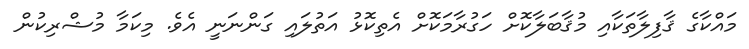
މައްކާގެ ޤާފިލާތަކާއި މުޤާބަލާކޮށް ހަގުރާމަކޮށް އެތިކޮޅު އަތުލައި ގަންނަނީ އެވެ. މިކަމާ މުޝްރިކުން